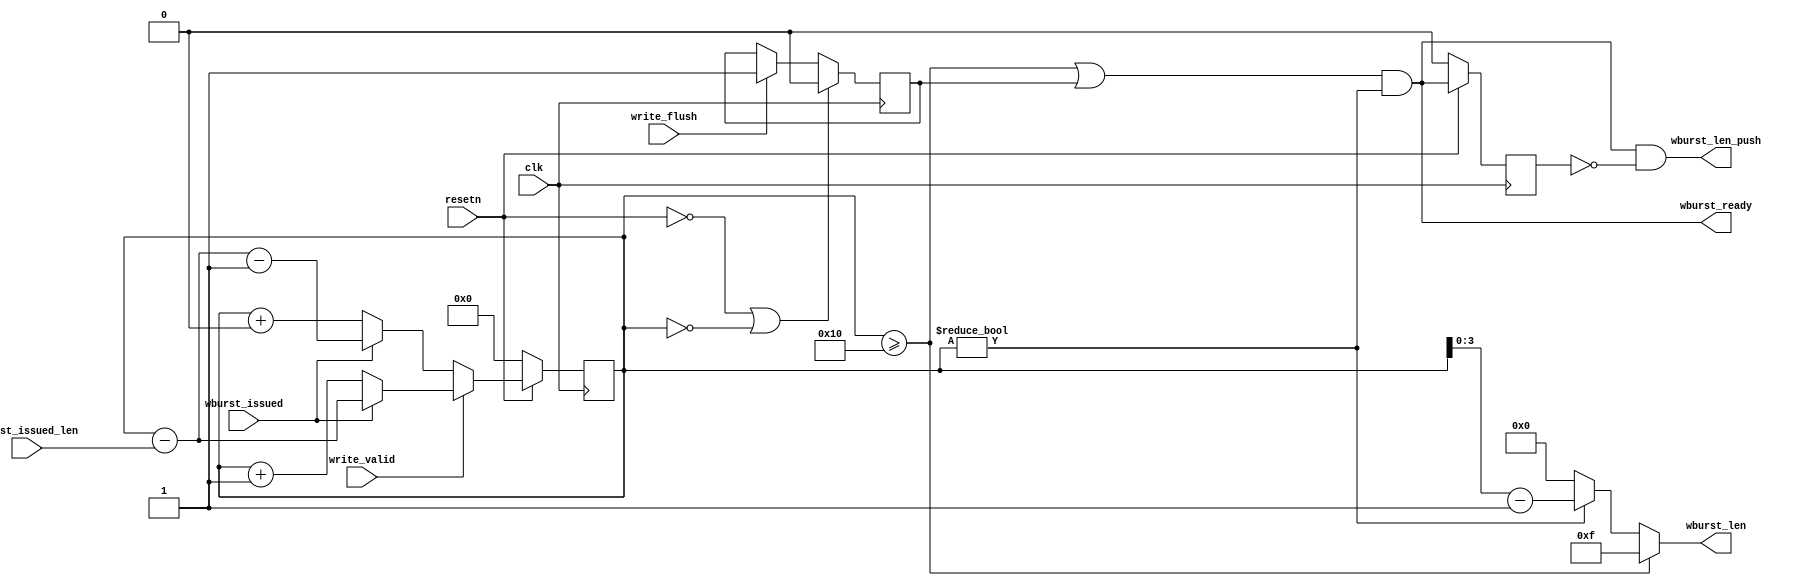
module wburst_counter #(
  parameter integer WBURST_COUNTER_LEN    = 16,
  parameter integer WBURST_LEN            = 4,
  parameter integer MAX_BURST_LEN         = 16
)(
  input  wire                             clk,
  input  wire                             resetn,
  input  wire                             write_valid,
  input  wire                             write_flush,

  output wire [WBURST_LEN-1:0]            wburst_len,
  output wire                             wburst_len_push,
  output wire                             wburst_ready,

  input  wire                             wburst_issued,
  input  wire [WBURST_LEN-1:0]            wburst_issued_len
);


  wire flush;

  reg  [WBURST_COUNTER_LEN-1:0] write_count;

  reg wr_flush_sticky;

  always @(posedge clk)
  begin
    if (resetn == 0 || write_count == 0)
      wr_flush_sticky <= 0;
    else if (write_flush)
      wr_flush_sticky <= 1;
  end

  assign flush = wr_flush_sticky && write_count!=0;

  //assign wburst_ready = ((write_count >= MAX_BURST_LEN) || wr_flush_sticky) && !wburst_ready_d && write_count != 0;
  assign wburst_ready = ((write_count >= MAX_BURST_LEN) || wr_flush_sticky) && write_count != 0;
  assign wburst_len = write_count >= MAX_BURST_LEN ? MAX_BURST_LEN - 1 :
                      write_count != 0 ? write_count - 1 : 0;
  reg wburst_ready_d;

  always @(posedge clk)
  begin
    if (resetn)
      wburst_ready_d <= wburst_ready;
    else
      wburst_ready_d <= 0;
  end

  always @(posedge clk)
  begin
    if (!resetn)
      write_count <= 0;
    else if (write_valid)
    begin
      if (wburst_issued)
        write_count <= write_count - wburst_issued_len;
      else
        write_count <= write_count + 1;
    end else begin
      if (wburst_issued)
        write_count <= write_count - wburst_issued_len - 1;
      else
        write_count <= write_count + 0;
    end
  end

  assign wburst_len_push = wburst_ready && !wburst_ready_d;

endmodule